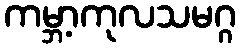
ကမ္ဘာ့ကုလသမဂ္ဂ